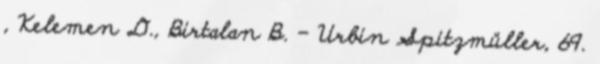
, Kelemen D., Birtalan B. – Urbin Spitzmüller, 69.